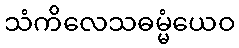
သံကိလေသဓမ္မံယေဝ